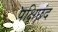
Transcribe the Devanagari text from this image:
पक्षिछंद